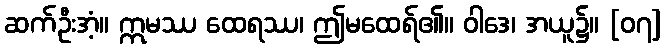
ဆက်ဦးအံ့။ ဣမဿ ထေရဿ၊ ဤမထေရ်၏။ ဝါဒေ၊ အယူ၌။ [၀၇]